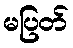
မပြတ်